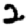
Digit: 2